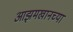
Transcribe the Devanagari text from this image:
आझमखानच्या